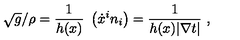
\sqrt { g } / \rho = \frac { 1 } { h ( x ) } \ \left( \dot { x } ^ { i } n _ { i } \right) = \frac { 1 } { h ( x ) | \nabla t | } \ ,